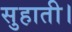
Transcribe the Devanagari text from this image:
सुहाती।